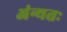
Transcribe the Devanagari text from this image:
अंन्यतः